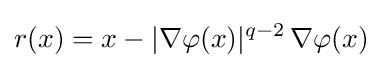
r(x)=x-|\nabla \varphi (x)|^{q-2}\,\nabla \varphi (x)